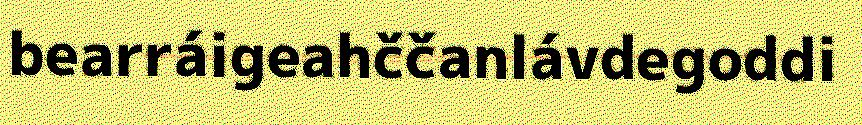
bearráigeahččanlávdegoddi